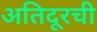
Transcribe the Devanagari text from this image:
अतिदूरची